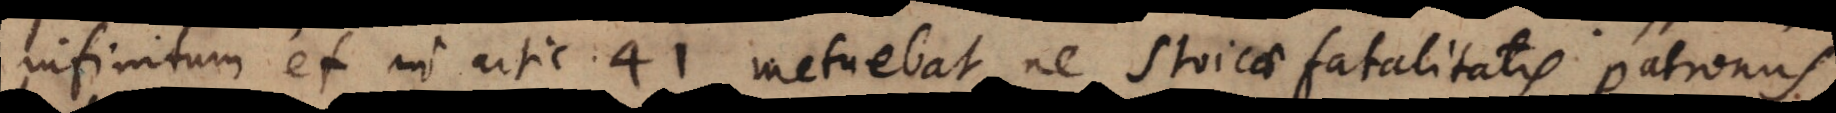
infinitum, et in artic. 41 metuebat ne Stoicae fatalitatis patronus